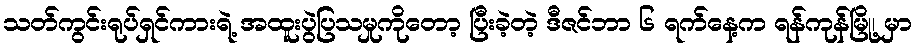
သတ်ကွင်းရုပ်ရှင်ကားရဲ့ အထူးပွဲပြသမှုကိုတော့ ပြီးခဲ့တဲ့ ဒီဇင်ဘာ ၆ ရက်နေ့က ရန်ကုန်မြို့၊ မှာ